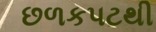
છળકપટથી